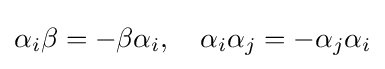
\alpha _{i}\beta =-\beta \alpha _{i},\quad \alpha _{i}\alpha _{j}=-\alpha _{j}\alpha _{i}